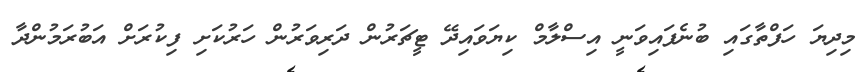
މިދިޔަ ހަފްތާގައި ބުނެފައިވަނީ އިސްލާމް ކިޔަވައިދޭ ޓީޗަރުން ދަރިވަރުން ހަރުކަށި ފިކުރަށް އަބުރަމުންދާ